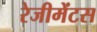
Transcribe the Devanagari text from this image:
रेजीमेंटस